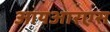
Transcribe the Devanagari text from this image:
आयआरएस